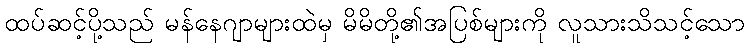
ထပ်ဆင့်ပို့သည် မန်နေဂျာများထဲမှ မိမိတို့၏အပြစ်များကို လူသားသိသင့်သော